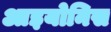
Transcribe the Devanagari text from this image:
आइयोनिस